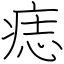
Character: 痣